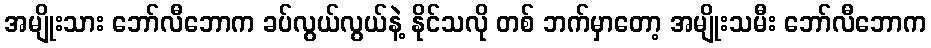
အမျိုးသား ဘော်လီဘောက ခပ်လွယ်လွယ်နဲ့ နိုင်သလို တစ် ဘက်မှာတော့ အမျိုးသမီး ဘော်လီဘောက